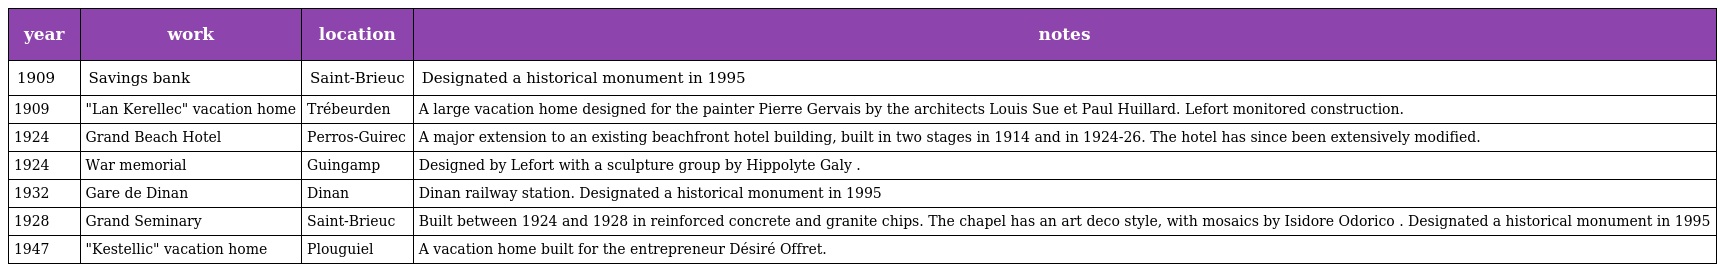
| year | work | location | notes |
 | --- | --- | --- | --- |
 | 1909 | Savings bank | Saint-Brieuc | Designated a historical monument in 1995 |
 | 1909 | "Lan Kerellec" vacation home | Trébeurden | A large vacation home designed for the painter Pierre Gervais by the architects Louis Sue et Paul Huillard. Lefort monitored construction. |
 | 1924 | Grand Beach Hotel | Perros-Guirec | A major extension to an existing beachfront hotel building, built in two stages in 1914 and in 1924-26. The hotel has since been extensively modified. |
 | 1924 | War memorial | Guingamp | Designed by Lefort with a sculpture group by Hippolyte Galy . |
 | 1932 | Gare de Dinan | Dinan | Dinan railway station. Designated a historical monument in 1995 |
 | 1928 | Grand Seminary | Saint-Brieuc | Built between 1924 and 1928 in reinforced concrete and granite chips. The chapel has an art deco style, with mosaics by Isidore Odorico . Designated a historical monument in 1995 |
 | 1947 | "Kestellic" vacation home | Plouguiel | A vacation home built for the entrepreneur Désiré Offret. |